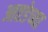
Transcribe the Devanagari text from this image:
आतडेच्या